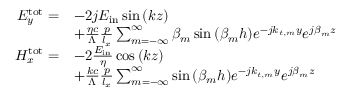
\begin{array} { r l } { E _ { y } ^ { \mathrm { t o t } } = } & { - 2 j E _ { \mathrm { i n } } \sin { \left( k z \right) } } \\ & { + \frac { \eta c } { \Lambda } \frac { p } { l _ { x } } \sum _ { m = - \infty } ^ { \infty } \beta _ { m } \sin { \left( \beta _ { m } h \right) } e ^ { - j k _ { t , m } y } e ^ { j \beta _ { m } z } } \\ { H _ { x } ^ { \mathrm { t o t } } = } & { - 2 \frac { E _ { \mathrm { i n } } } { \eta } \cos { \left( k z \right) } } \\ & { + \frac { k c } { \Lambda } \frac { p } { l _ { x } } \sum _ { m = - \infty } ^ { \infty } \sin { \left( \beta _ { m } h \right) } e ^ { - j k _ { t , m } y } e ^ { j \beta _ { m } z } } \end{array}